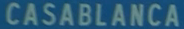
CASABLANCA